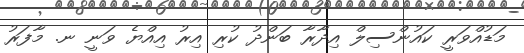
މަޑުއްވަރީ ކައުންސިލް އިދާރާ ބަންދު ކުރި އިރު އިއްޔެ ވަނީ ނ. މާފަރު